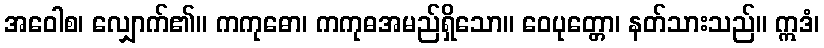
အဝေါစ၊ လျှောက်၏။ ကကုဓော၊ ကကုဓအမည်ရှိသော။ ဝေပုတ္တော၊ နတ်သားသည်။ ဣဒံ၊